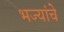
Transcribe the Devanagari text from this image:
भज्यांचे